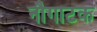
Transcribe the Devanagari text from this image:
नौगाटक